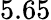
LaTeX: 5.65